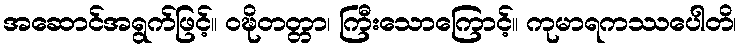
အဆောင်အရွက်ဖြင့်။ ဝဍ္ဎိတတ္တာ၊ ကြီးသောကြောင့်။ ကုမာရကဿပေါတိ၊